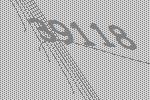
39118